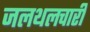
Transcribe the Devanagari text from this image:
जलथलचारी